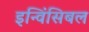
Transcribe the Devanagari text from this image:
इन्विंसिबल